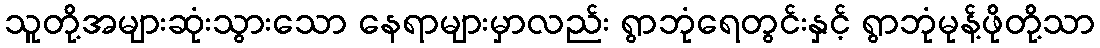
သူတို့အများဆုံးသွားသော နေရာများမှာလည်း ရွာဘုံရေတွင်းနှင့် ရွာဘုံမုန့်ဖိုတို့သာ